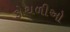
કોથળીઓ